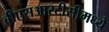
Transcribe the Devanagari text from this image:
बीएसआरटीसीमध्ये